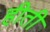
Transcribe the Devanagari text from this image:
हीती